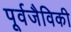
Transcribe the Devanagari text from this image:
पूर्वजैविकी